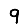
Digit: 9